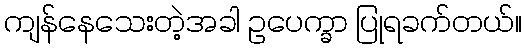
ကျန်နေသေးတဲ့အခါ ဥပေက္ခာ ပြုရခက်တယ်။